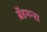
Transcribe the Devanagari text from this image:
ब्रॅडमन्स